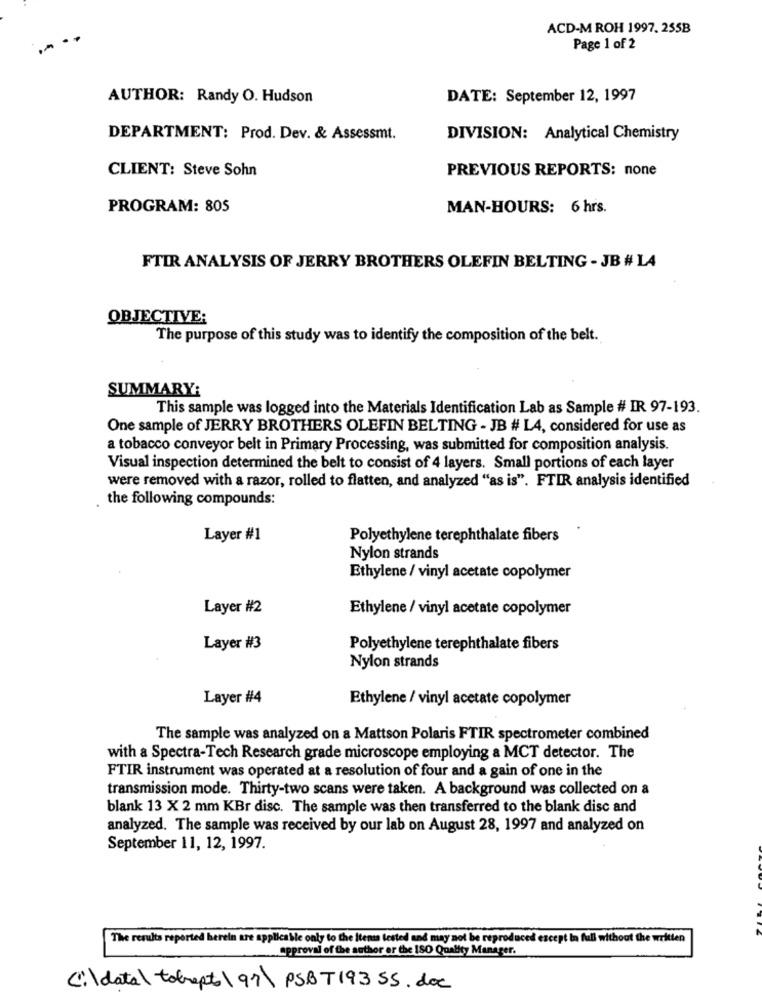
ACD-M ROH 1997. 255B
Page 1 of 2
AUTHOR: Randy O. Hudson
DATE: September 12, 1997
DEPARTMENT: Prod. Dev. & Assessmt.
DIVISION: Analytical Chemistry
CLIENT: Steve Sohn
PREVIOUS REPORTS: none
PROGRAM: 805
MAN-HOURS: 6 hrs.
FTIR ANALYSIS OF JERRY BROTHERS OLEFIN BELTING - JB # LA
OBJECTIVE:
The purpose of this study was to identify the composition of the belt.
SUMMARY:
This sample was logged into the Materials Identification Lab as Sample # IR 97-193.
One sample of JERRY BROTHERS OLEFIN BELTING - JB # L4, considered for use as
a tobacco conveyor belt in Primary Processing, was submitted for composition analysis.
Visual inspection determined the belt to consist of 4 layers. Small portions of each layer
were removed with a razor, rolled to flatten, and analyzed "as is". FTIR analysis identified
the following compounds:
Layer #1
Polyethylene terephthalate fibers
Nylon strands
Ethylene / vinyl acetate copolymer
Layer #2
Ethylene / vinyl acetate copolymer
Layer #3
Polyethylene terephthalate fibers
Nylon strands
Layer #4
Ethylene / vinyl acetate copolymer
The sample was analyzed on a Mattson Polaris FTIR spectrometer combined
with a Spectra-Tech Research grade microscope employing a MCT detector. The
FTIR instrument was operated at a resolution of four and a gain of one in the
transmission mode. Thirty-two scans were taken. A background was collected on a
blank 13 X 2 mm KBr disc. The sample was then transferred to the blank disc and
analyzed. The sample was received by our lab on August 28, 1997 and analyzed on
September 11, 12, 1997.
The results reported herein are applicable only to the Itens tested and may not be reproduced except in full without the written
approval of the author er the ISO Quality Manager.
C:\data\ tolrepto \97\ PSBT193SS.doc